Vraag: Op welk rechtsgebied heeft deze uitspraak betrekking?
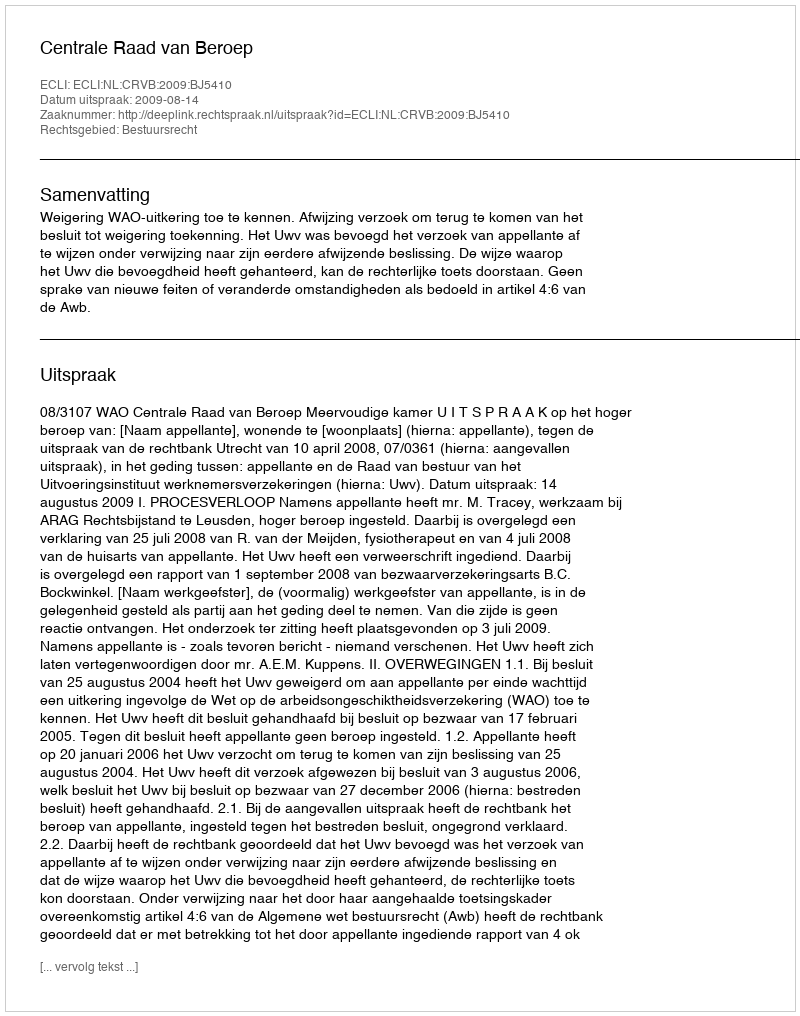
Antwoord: Bestuursrecht